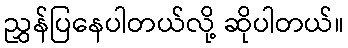
ညွှန်ပြနေပါတယ်လို့ ဆိုပါတယ်။